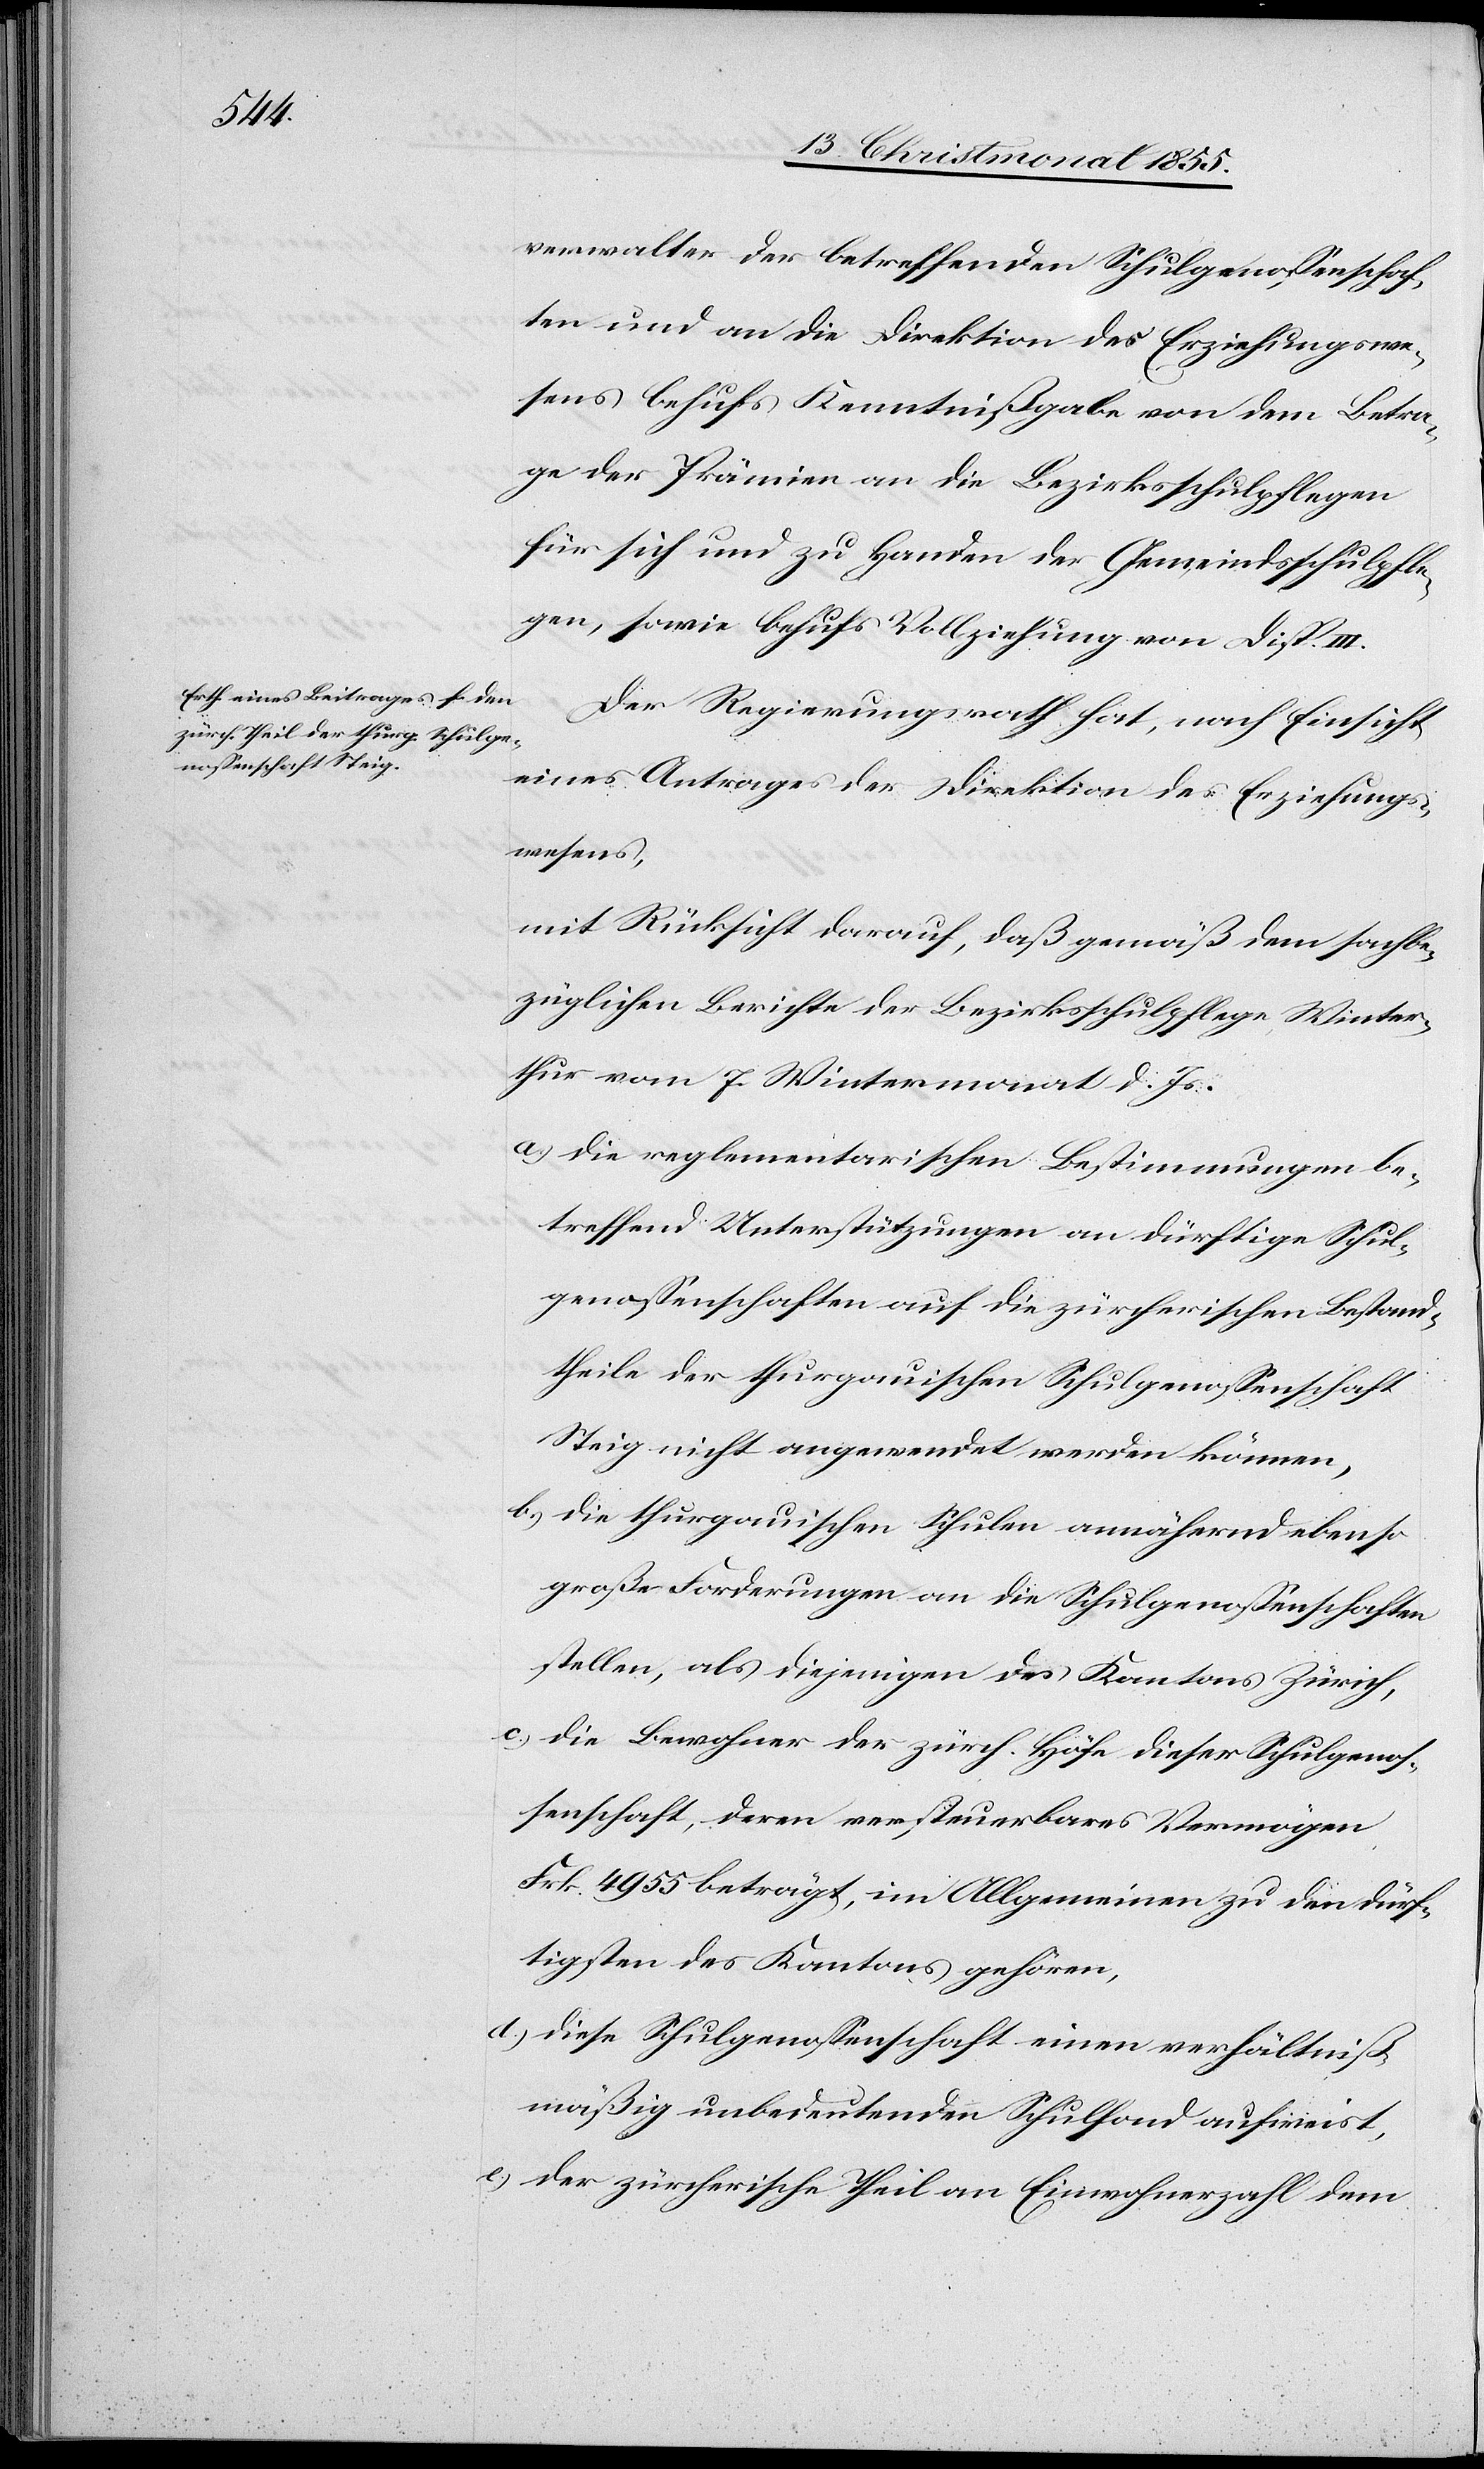
verwalter der betreffenden Schulgenossenschaf¬
ten und an die Direktion des Erziehungswe¬
sens behufs Kenntnißgabe von dem Betra¬
ge der Prämien an die Bezirksschulpflegen
für sich und zu Handen der Gemeindsschulpfle¬
ge, sowie behufs Vollziehung von Disp.
Der Regierungsrath hat, nach Einsicht
eines Antrages der Direktion des Erziehungs¬
wesens,
mit Rücksicht darauf, daß gemäß dem sachbe¬
züglichen Berichte der Bezirksschulpflege Winter¬
thur vom 7. Wintermonat d. Js.
die reglementarischen Bestimmungen be¬
treffend Unterstützungen an dürftige Schul¬
genossenschaften auf die zürcherischen Bestand¬
theile der thurgauischen Schulgenossenschaft
Steig nicht angewendet werden können,
die thurgauischen Schulen annähernd ebenso
große Forderungen an die Schulgenossenschaften
stellen, als diejenigen des Kantons Zürich,
die Bewohner der zürch. Höfe dieser Schulgenos¬
senschaft, deren versteuerbares Vermögen
Frk. 4955 beträgt, im Allgemeinen zu den dürf¬
tigsten des Kantons gehören,
diese Schulgenossenschaft einen verhältniß¬
mäßig unbedeutenden Schulfond aufweist,
der zürcherische Theil an Einwohnerzahl dem